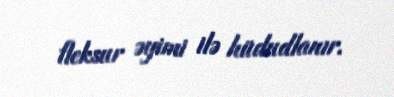
fleksur əyimi ilə hüdudlanır.